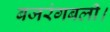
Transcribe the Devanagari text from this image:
बजरंगबली।